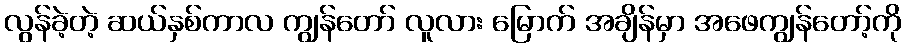
လွန်ခဲ့တဲ့ ဆယ်နှစ်ကာလ ကျွန်တော် လူလား မြောက် အချိန်မှာ အဖေကျွန်တော့်ကို